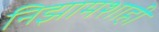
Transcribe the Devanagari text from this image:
निझामशाही